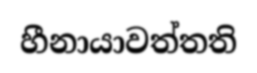
හීනායාවත්තති